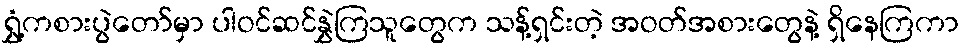
ရွှံ့ကစားပွဲတော်မှာ ပါဝင်ဆင်နွှဲကြသူတွေက သန့်ရှင်းတဲ့ အဝတ်အစားတွေနဲ့ ရှိနေကြကာ